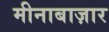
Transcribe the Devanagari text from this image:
मीनाबाज़ार